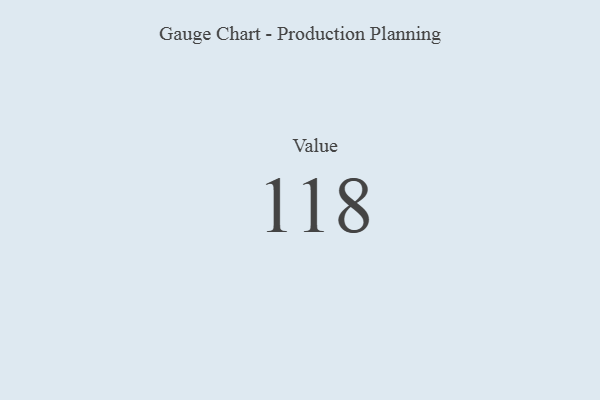
{"axis": {"x": "Metric", "y": "Value"}, "legend": [""], "data": [{"x": "Value", "y": 118, "type": ""}]}